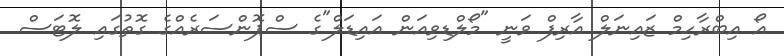
އޯ އިބްރާހިމް ޒައިނަލް އާރިފް ވަނީ "މޯލްޑިވިއަން އައިޑަލް"ގެ ސްޕޮންސަރެއްގެ ގޮތުގައި ލޮޓަސް